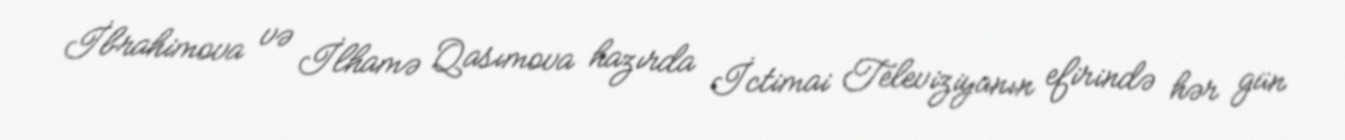
İbrahimova və İlhamə Qasımova hazırda İctimai Televiziyanın efirində hər gün